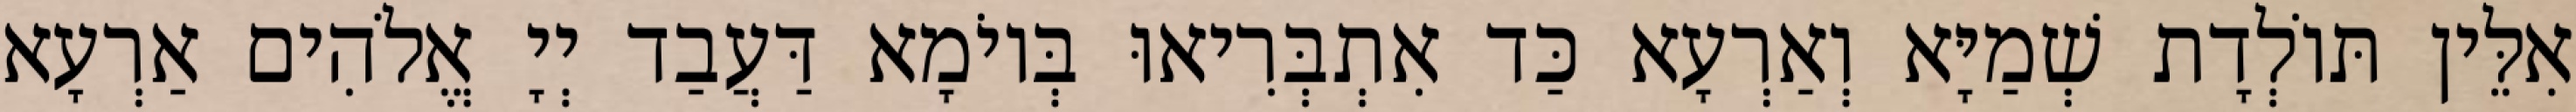
אִלֵּין תּוֹלְדָת שְׁמַיָּא וְאַרְעָא כַּד אִתְבְּרִיאוּ בְּיוֹמָא דַּעֲבַד יְיָ אֱלֹהִים אַרְעָא